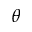
{ \boldsymbol \theta }